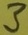
Text: 3